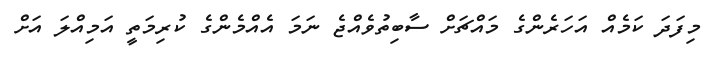
މިފަދަ ކަމެއް އަހަރެންގެ މައްޗަށް ސާބިތުވެއްޖެ ނަމަ އެއްމެންގެ ކުރިމަތީ އަމިއްލަ އަށް